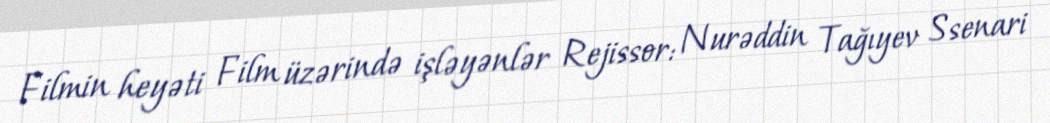
Filmin heyəti Film üzərində işləyənlər Rejissor: Nurəddin Tağıyev Ssenari